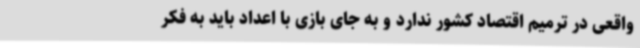
واقعی در ترمیم اقتصاد کشور ندارد و به جای بازی با اعداد باید به فکر